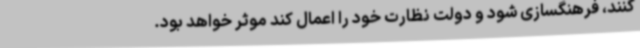
کنند، فرهنگسازی شود و دولت نظارت خود را اعمال کند موثر خواهد بود.